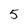
Character: 5